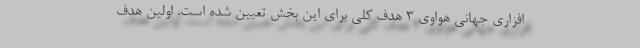
افزاری جهانی هواوی ۳ هدف کلی برای این بخش تعیین شده است. اولین هدف